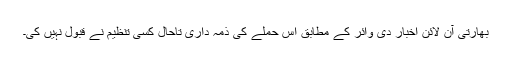
بھارتی آن لائن اخبار دی وائر کے مطابق اس حملے کی ذمہ داری تاحال کسی تنظیم نے قبول نہیں کی۔